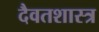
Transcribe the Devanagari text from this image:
दैवतशास्त्र